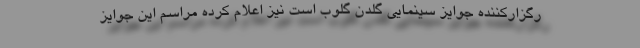
رگزارکننده جوایز سینمایی گلدن گلوب است نیز اعلام کرده مراسم این جوایز